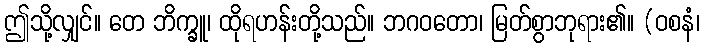
ဤသို့လျှင်။ တေ ဘိက္ခူ၊ ထိုရဟန်းတို့သည်။ ဘဂဝတော၊ မြတ်စွာဘုရား၏။ (ဝစနံ၊